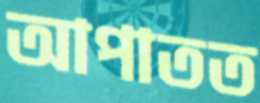
আপাতত